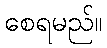
စေရမည်။